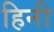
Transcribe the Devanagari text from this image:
हिनी